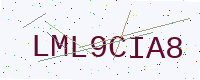
Text: LML9CIA8